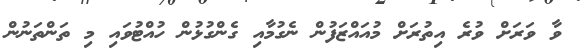
ވާ ވަރަށް ވުރެ އިތުރަށް މުއައްޒަފުން ނެގުމާއި ގެންގުޅުން ހުއްޓުވައި މި ތަންތަނުން